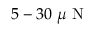
5 - 3 0 ~ \mu \mathrm { ~ N ~ }